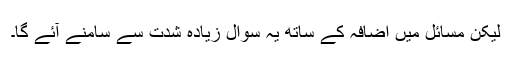
لیکن مسائل میں اضافہ کے ساتھ یہ سوال زیادہ شدت سے سامنے آئے گا۔